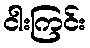
ငါးကြင်း